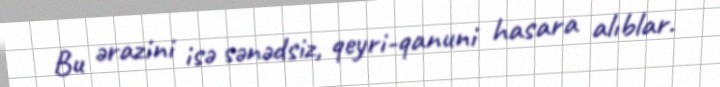
Bu ərazini isə sənədsiz, qeyri-qanuni hasara alıblar.